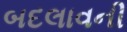
બદલાવની